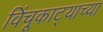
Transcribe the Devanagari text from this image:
विंचूकाट्याच्या